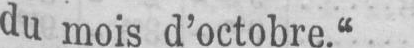
du mois d’octobre.“